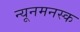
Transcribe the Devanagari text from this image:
न्यूनमनस्क